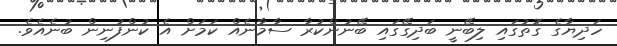
ހަދިޔާގެ ގޮތުގައި ލިބޭނީ ބަދިގޭގައި ބޭނުންކުރާ ސާމާނެއް ކަމަށް އެ ކުންފުނިން ބުނެއެވެ.